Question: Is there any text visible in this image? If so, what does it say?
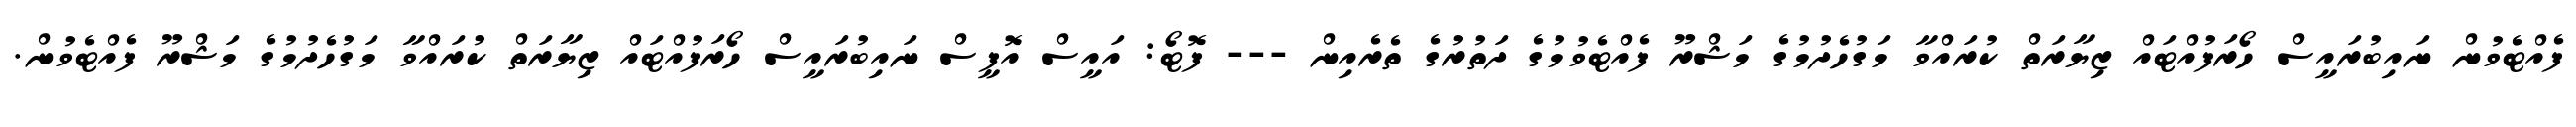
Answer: ފެއްޓެވުން ނައިބުރައީސް ހޯރަފުއްޓައް ޒިޔާރަތް ކުރައްވާ މަގުހެދުމުގެ މަޝްރޫ ފެއްޓެވުމުގެ ދަތުރުގެ ތެރެއިން --- ފޮޓޯ: އައީސް އޮފީސް ނައިބުރައީސް ހޯރަފުއްޓައް ޒިޔާރަތް ކުރައްވާ މަގުހެދުމުގެ މަޝްރޫ ފެއްޓެވުން.